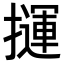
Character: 𢶂